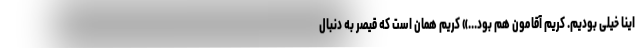
اینا خیلی بودیم. کریم آقامون هم بود...» کریم همان است که قیصر به دنبال